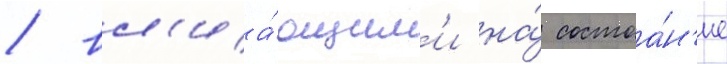
/ вл'иа́ющим'и на́ состоа́н'ие